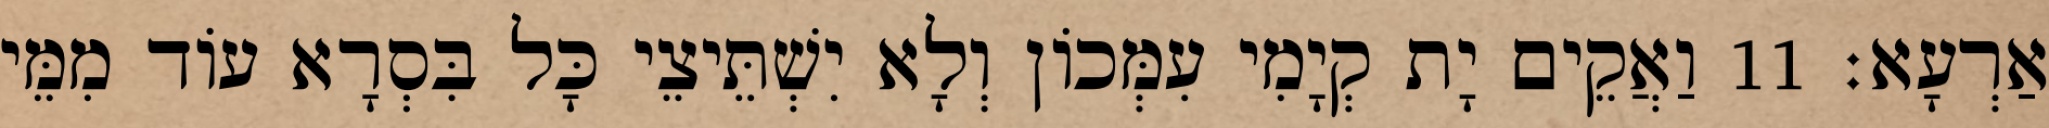
אַרְעָא׃ 11 וַאֲקֵים יָת קְיָמִי עִמְּכוֹן וְלָא יִשְׁתֵּיצֵי כָּל בִּסְרָא עוֹד מִמֵּי